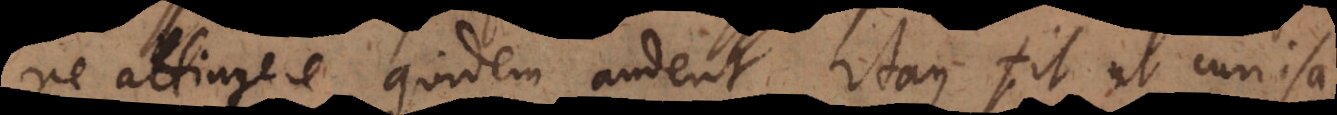
ne attingere quidem audent. Itaque fit ut curios